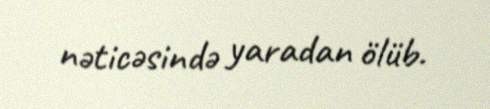
nəticəsində yaradan ölüb.